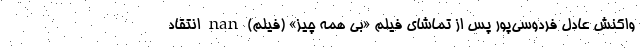
واکنش عادل فردوسی‌پور پس از تماشای فیلم «بی همه چیز» (فیلم) nan انتقاد